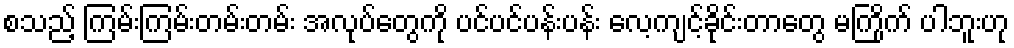
စသည့် ကြမ်းကြမ်းတမ်းတမ်း အလုပ်တွေကို ပင်ပင်ပန်းပန်း လေ့ကျင့်ခိုင်းတာတွေ မကြိုက် ပါဘူးဟု